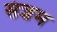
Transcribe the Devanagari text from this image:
संज्ञम